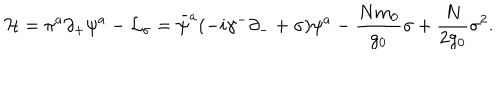
{ \cal H } = \pi ^ { a } \partial _ { + } \psi ^ { a } - { \cal L } _ { \sigma } = \bar { \psi } ^ { a } ( - i \gamma ^ { - } \partial _ { - } + \sigma ) \psi ^ { a } - { \frac { N m _ { 0 } } { g _ { 0 } } } \sigma + { \frac { N } { 2 g _ { 0 } } } \sigma ^ { 2 } .